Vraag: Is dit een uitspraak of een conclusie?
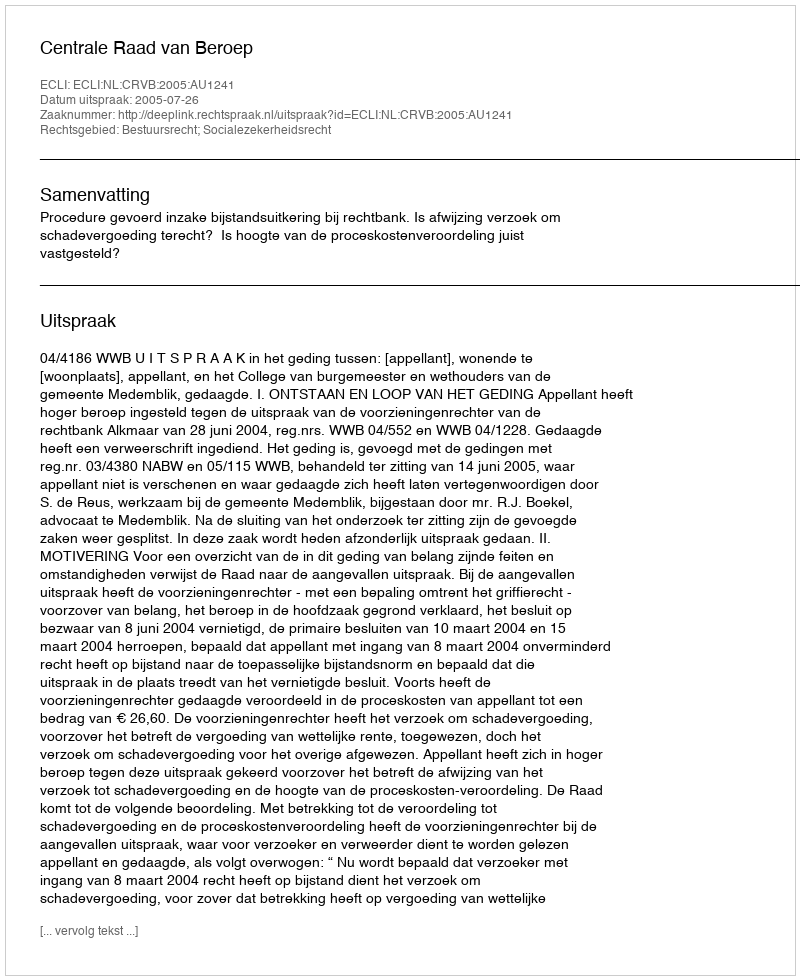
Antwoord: Uitspraak